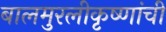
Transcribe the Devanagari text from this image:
बालमुरलीकृष्णांची